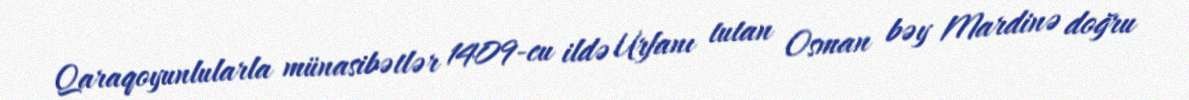
Qaraqoyunlularla münasibətlər 1409-cu ildə Urfanı tutan Osman bəy Mardinə doğru